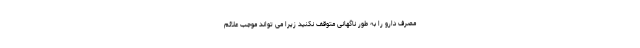
مصرف دارو را به طور ناگهانی متوقف نکنید زیرا می تواند موجب علائم